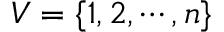
V = \{ 1 , 2 , \cdots , n \}